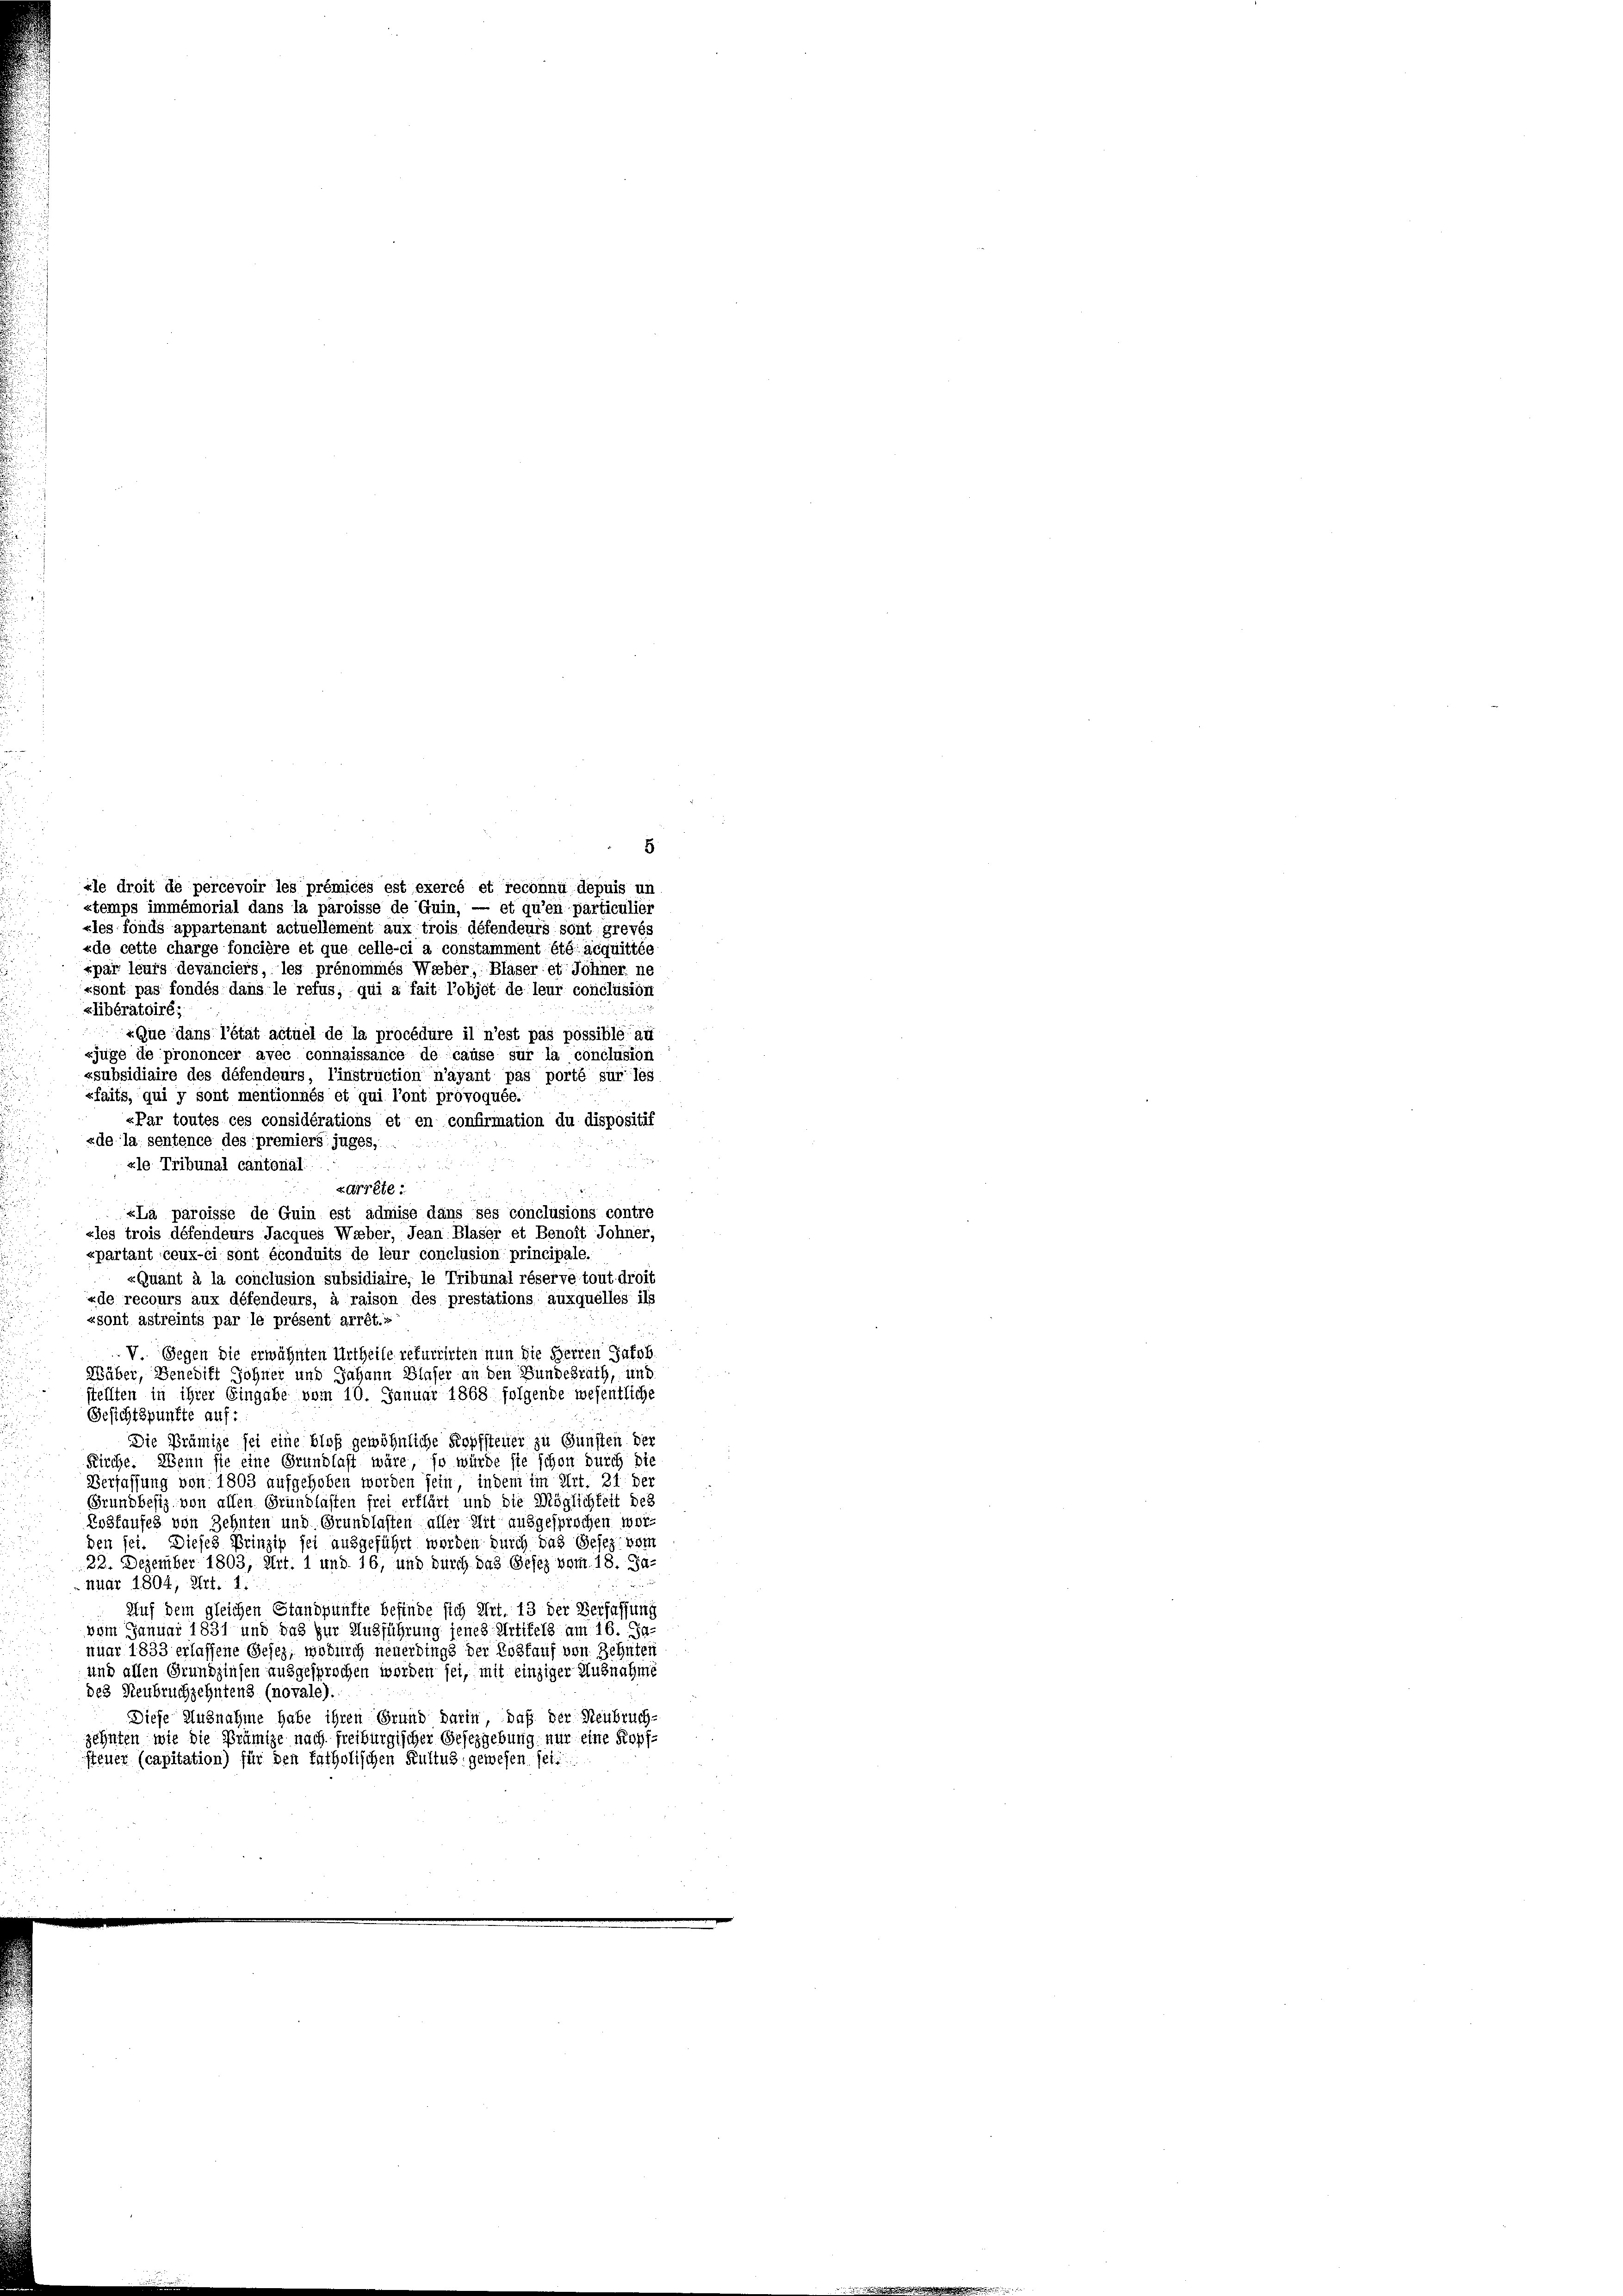
des Neubruchzehntens (novale).
Diese Ausnahme habe ihren Grund darin, daß der Neubruch-
zehnten wie die Brümize nach freiburgischer Gesezgebung nur eine Kopfsteuer (capitation) für den katholischen Kultus, gewesen sei.

«le droit de percevoir les prémices est exercé et reconnu depuis un
xtemps immémorial dans la paroisse de Guin, — et qu’en particulier
«les fonds appartenant actuellement aux trois défendeurs sont grevés
«de cette charge foncière et que celle-ci a constamment été acquittée
spar leurs devanciers, les prénommés Weber, Blaser et Johner ne
«sont pas fondés dans le refus, qui a fait l’objet de leur conclusion
xlibératoiré;
«Que dans l’état actuel de la procédure il n’est pas possible au
«juge de prononcer avec connaissance de cause sur la conclusion
«subsidiaire des défendeurs, l’instruction n’ayant pas porté sur les
«faits, qui y sont mentionnés et qui l’ont provoquée.
«Par toutes ces considérations et en confirmation du dispositif
«de la sentence des premiers juges,
u
zle Tribunal cantonal

xarrête :
«La paroisse de Guin est admise dans ses conclusions contre
«les trois défendeurs Jacques Waber, Jean Blaser et Benoit Johner,
xpartant ceux-ci sont éconduits de leur conclusion principale.
«Quant à la conclusion subsidiaire, le Tribunal réserve tout droit
«de recours aux défendeurs, à raison des prestations auxquelles ils
«sont astreints par le présent arrêt.«
V Gegen die erwähnten Urtheile rekurrirten nun die Herren Jakob.
Wäber, Benedikt Sohner und Johann Blaser an den Bundesrath, und
stellten in ihrer Eingabe vom 10. Januar 1868 folgende wesentliche
Gesichtspunkte auf:
Die Prämize sei eine bloß gewöhnliche Kopfsteuer zu Gunsten der
Kirche. Wenn sie eine Grundlast wäre, so würde sie schon durch die
Verfassung von 1803 aufgehoben worden sein, indem im Art. 21. Der
Grundbesiz von allen Grundlasten frei erklärt und die Möglichkeit des
Rosfaufes von Zehnten und Grundlasten aller Art ausgesprochen worden sei. Dieses Prinzip sei ausgeführt worden durch das Gesez vom
22. Dezember 1803, Art. 1 und 16, und durch das Gesez vom 18. Ja-
nuar 1804, Art. 1.
Auf dem gleichen Standpunkte befinde sich Art. 13 der Verfassung
vom Januar 1831 und das zur Ausführung jenes Artikels am 16. Ja-
nuar 1833 erlassene Gesetz, wodurch neuerdings der Loskauf von Zehnten
und allen Grundzinsen ausgesprochen worden sei, mit einziger Ausnahme